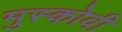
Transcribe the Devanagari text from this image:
मुस्कोवी